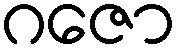
ဂဇော